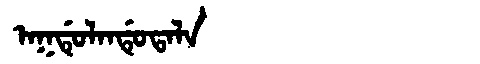
Manchu: ᠠᡴᡩᡠᠯᠠᠨᡩᡠᡨᠠᠯᠠ
Romanization: AKDULANDUTALA